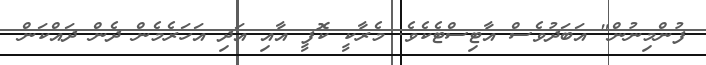
ފުންމިނުން" އަބަދުވެސް އާޓިސްޓެކެވެ. މެރާކީ ކޮފީ އާއި އަދި އަހަރެމެން ދެން ދައްކަން